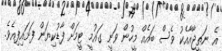
އެ ނަތީޖާއާއެކު ވެސް ބައެއް މީހުން ވަނީ ގައުމީ ޓީމަށް ފާޑުކިޔަން ފަށައިފިއެވެ.